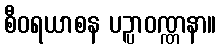
စီဝရယာစန ပဉ္ပာဝဏ္ဏနာ။